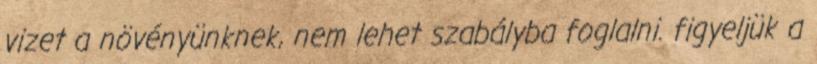
vizet a növényünknek, nem lehet szabályba foglalni. figyeljük a